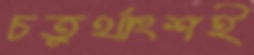
চতুর্থাংশই